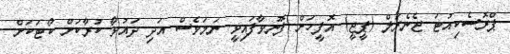
ޕްރޮސެކިއުޓަ ޖެނެރަލް (ޕީޖީ) އޮފީހަށް ފޮނުވާފައިވީ ނަމަވެސް އަދި ދައުވާ ކުރާކަށް ކޯޓަކަށް